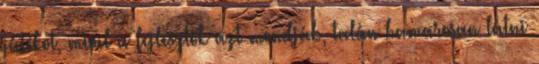
játékot, mivel a fejlesztők azt mondják, talán hamarosan látni